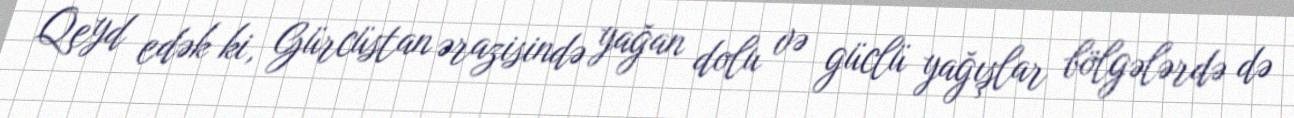
Qeyd edək ki, Gürcüstan ərazisində yağan dolu və güclü yağışlar bölgələrdə də